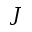
J